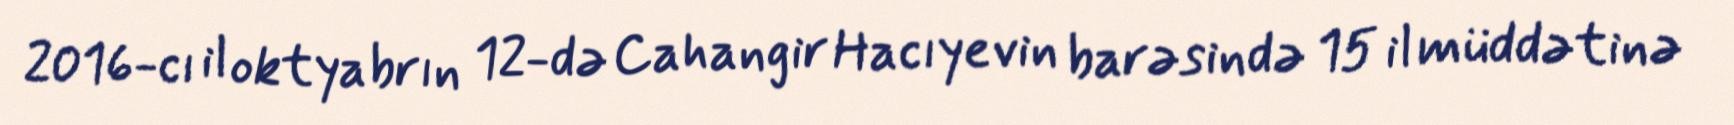
2016-cı il oktyabrın 12-də Cahangir Hacıyevin barəsində 15 il müddətinə